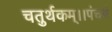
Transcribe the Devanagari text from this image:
चतुर्थकम्।।पंचमं